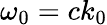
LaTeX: \omega_{0}=ck_{0}